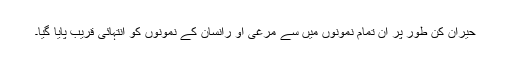
حیران کن طور پر ان تمام نمونوں میں سے مرغی او رانسان کے نمونوں کو انتہائی قریب پایا گیا۔